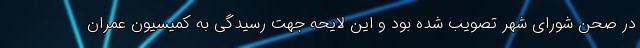
در صحن شورای شهر تصویب شده بود و این لایحه جهت رسیدگی به کمیسیون عمران